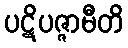
ပဋိပဇ္ဇာမီတိ